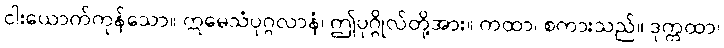
ငါးယောက်ကုန်သော။ ဣမေသံပုဂ္ဂလာနံ၊ ဤပုဂ္ဂိုလ်တို့အား။ ကထာ၊ စကားသည်။ ဒုက္ကထာ၊